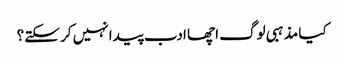
کیا مذہبی لوگ اچھا ادب پیدا نہیں کر سکتے؟